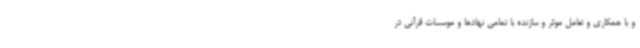
و با همکاری و تعامل موثر و سازنده با تمامی نهادها و موسسات قرآنی در